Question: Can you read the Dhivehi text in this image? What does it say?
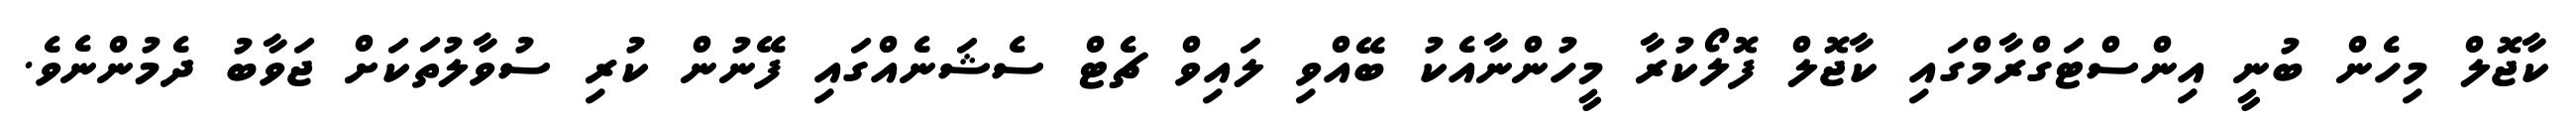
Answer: ކާޖޮލް މިހެން ބުނީ އިންސްޓަގްރާމްގައި ކާޖޮލް ފޮލޯކުރާ މީހުންނާއެކު ބޭއްވި ލައިވް ޗެޓް ސެޝަނެއްގައި ފޭނުން ކުރި ސުވާލުތަކަށް ޖަވާބު ދެމުންނެވެ.